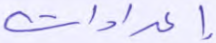
إعدادات